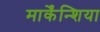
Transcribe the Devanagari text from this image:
मार्केंन्शिया